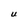
Character: U